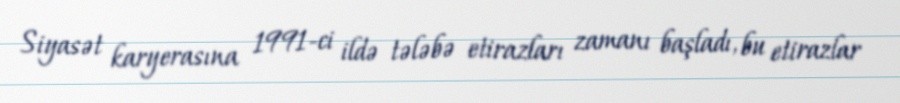
Siyasət karyerasına 1991-ci ildə tələbə etirazları zamanı başladı, bu etirazlar